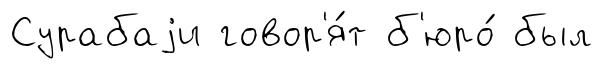
Сурабаjи говор'я́т б'юро́ был